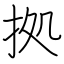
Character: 拠